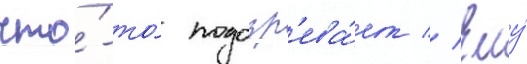
что́-то́ подозр'ева́ет // Ему́